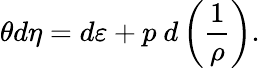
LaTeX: \theta d\eta=d\varepsilon+p\ d\left(\frac{1}{\rho}\right).